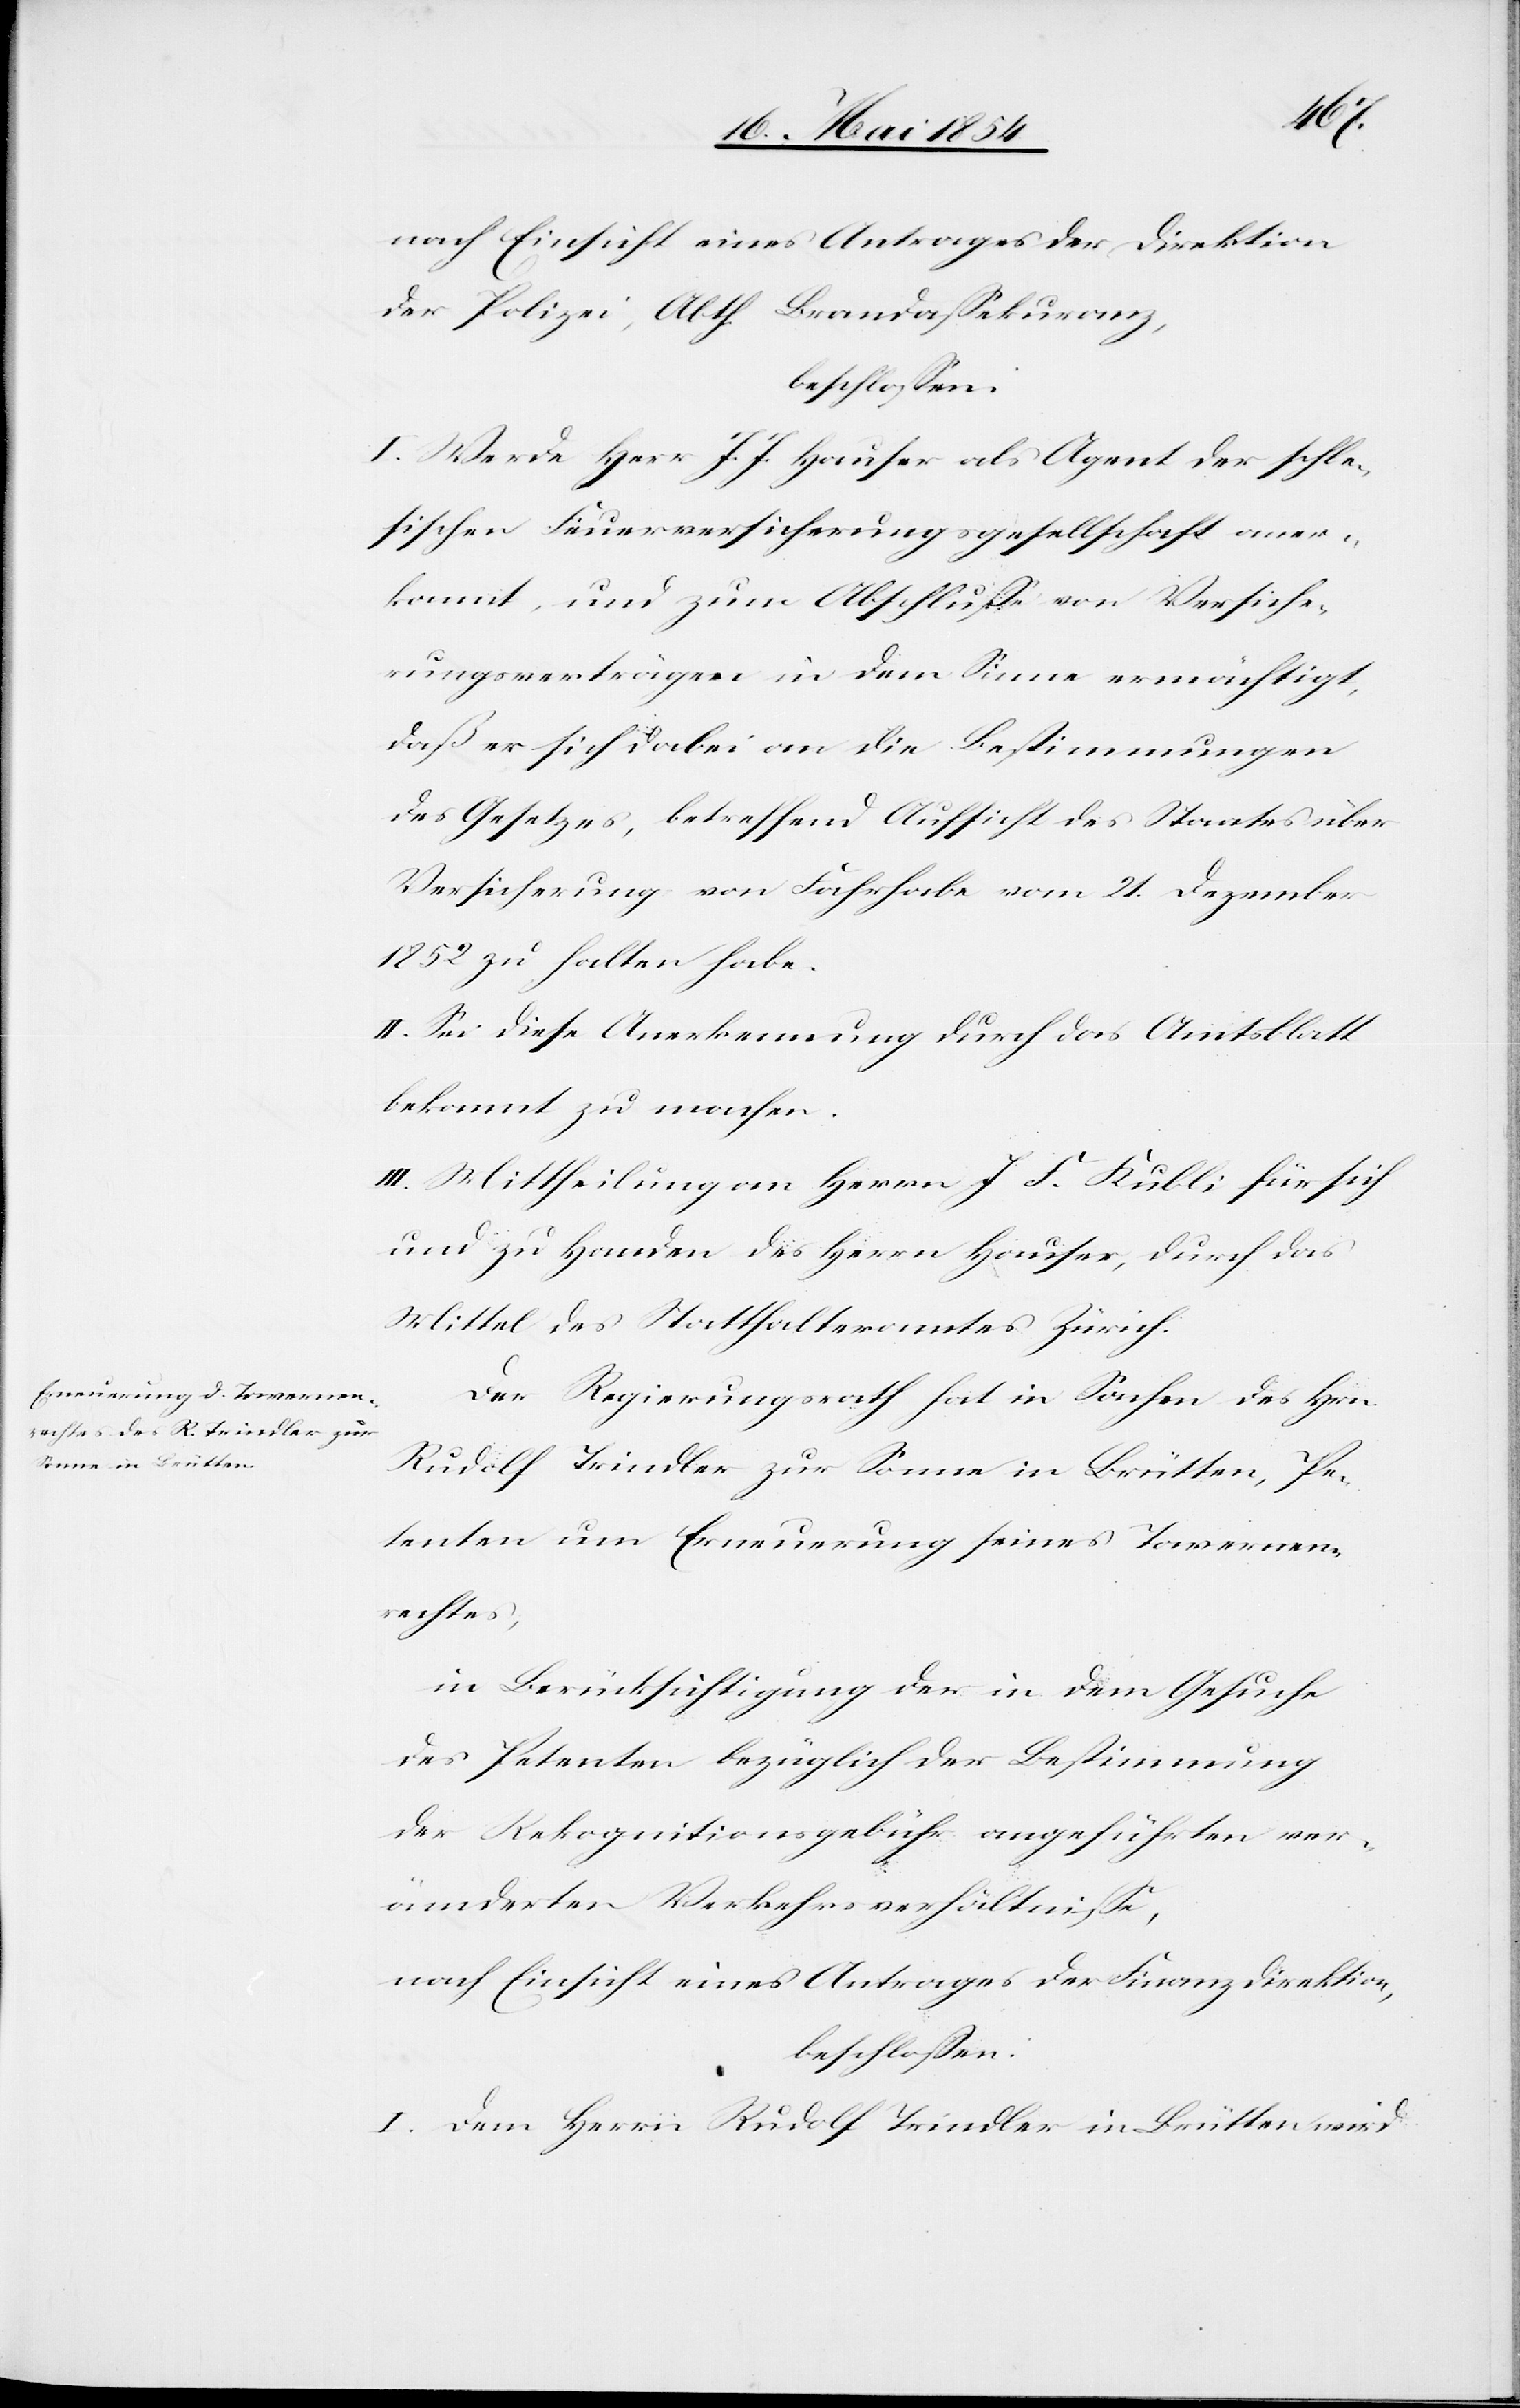
nach Einsicht eines Antrages der Direktion
der Polizei, Abth. Brandaßekuranz,
I. Werde Herr J. J. Hauser als Agent der schle¬
sischen Feuerversicherungsgesellschaft aner¬
kannt, und zum Abschluße von Versiche¬
rungsverträgen in dem Sinne ermächtigt,
daß er sich dabei an die Bestimmungen
des Gesetzes, betreffend Aufsicht des Staates über
Versicherung von Fahrhabe vom 21. Dezember
1852 zu halten habe.
II. Sei diese Anerkennung durch das Amtsblatt
bekannt zu machen.
III. Mittheilung an Herrn J. F. Kubli für sich
und zu Handen des Herrn Hauser, durch das
Mittel des Statthalteramtes Zürich.
Der Regierungsrath hat in Sachen des Hrn.
Rudolf Trindler zur Sonne in Brütten, Pe¬
tenten um Erneuerung seines Tavernenr¬
echtes,
in Berücksichtigung der in dem Gesuche
des Petenten bezüglich der Bestimmung
der Rekognitionsgebühr angeführten ver¬
änderten Verkehrsverhältniße,
nach Einsicht eines Antrages der Finanzdirektion,
beschloßen:
I. Dem Herrn Rudolf Trindler in Brütten wird